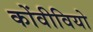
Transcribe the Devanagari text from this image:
कोंवीवियो